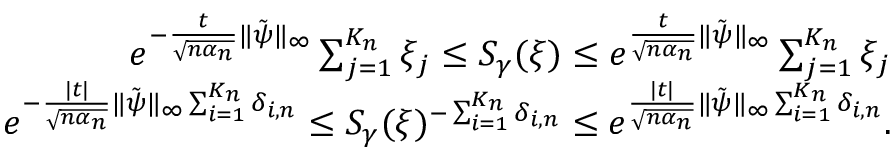
\begin{array} { r } { e ^ { - \frac { t } { \sqrt { n \alpha _ { n } } } \| \tilde { \psi } \| _ { \infty } } \sum _ { j = 1 } ^ { K _ { n } } \xi _ { j } \leq S _ { \gamma } ( \xi ) \leq e ^ { \frac { t } { \sqrt { n \alpha _ { n } } } \| \tilde { \psi } \| _ { \infty } } \sum _ { j = 1 } ^ { K _ { n } } \xi _ { j } } \\ { e ^ { - \frac { | t | } { \sqrt { n \alpha _ { n } } } \| \tilde { \psi } \| _ { \infty } \sum _ { i = 1 } ^ { K _ { n } } \delta _ { i , n } } \leq S _ { \gamma } ( \xi ) ^ { - \sum _ { i = 1 } ^ { K _ { n } } \delta _ { i , n } } \leq e ^ { \frac { | t | } { \sqrt { n \alpha _ { n } } } \| \tilde { \psi } \| _ { \infty } \sum _ { i = 1 } ^ { K _ { n } } \delta _ { i , n } } . } \end{array}